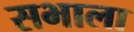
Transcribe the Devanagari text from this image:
सभाला